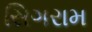
સિગરામ